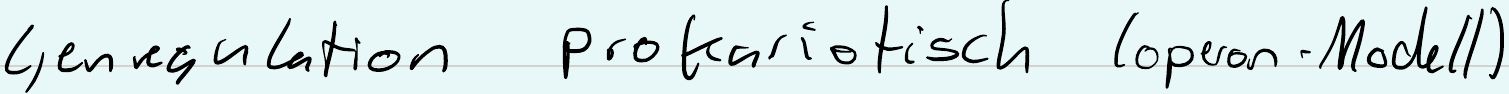
Genregulation prokariotisch (operon - Modell)